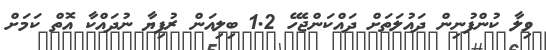
ވިލާ ކުންފުނިން ދައުލަތަށް ދައްކަންޖެހޭ 1.2 ބިލިއަން ރުފިޔާ ނުދައްކާ އޮތް ކަމަށް